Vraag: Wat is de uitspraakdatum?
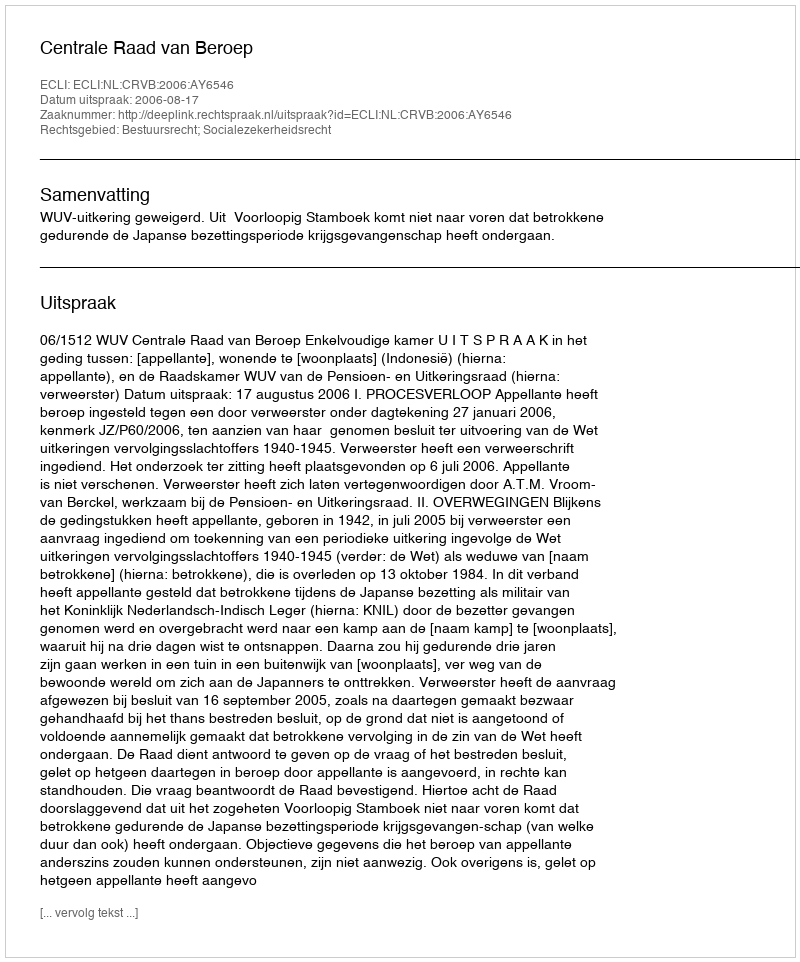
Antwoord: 2006-08-17